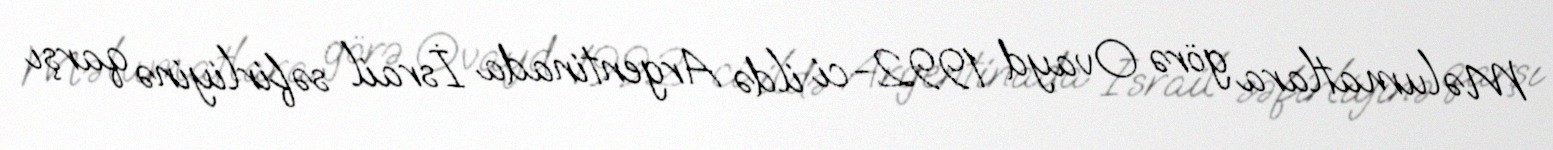
Məlumatlara görə Ovayd 1992-ci ildə Argentinada İsrail səfirliyinə qarşı